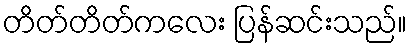
တိတ်တိတ်ကလေး ပြန်ဆင်းသည်။